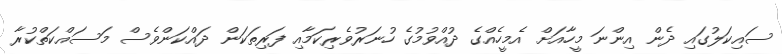
ސައިކަލުގައި ދެން އިންނަ މީހާއަށް އެމީހެއްގެ ދުއްވުމުގެ ހުނަރުވެރިކަމާއި ފަރިތަކަން ދައްކަންވެސް މަސައްކަތްކުރާ